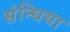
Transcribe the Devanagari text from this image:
संन्धिया